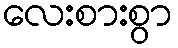
လေးစားစွာ